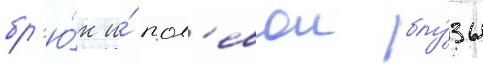
бр'ю́к и́ пол'евои блу́зы